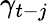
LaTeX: \gamma_{t-j}